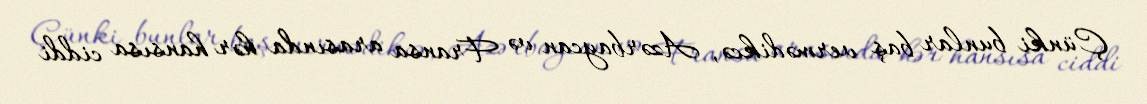
Çünki bunlar baş vermədikcə, Azərbaycan və Fransa arasında hər hansısa ciddi